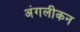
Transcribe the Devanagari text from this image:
अंगलीकन